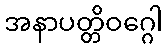
အနာပတ္တိဝဂ္ဂေါ